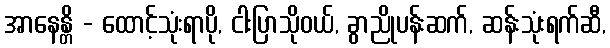
အာနေန္တိ - ထောင့်သုံးရာပို, ငါးပြာသိုဝယ်, ခွာညိုပန်းဆက်, ဆန်းသုံးရက်ဆီ,